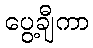
ပွေ့ချီကာ